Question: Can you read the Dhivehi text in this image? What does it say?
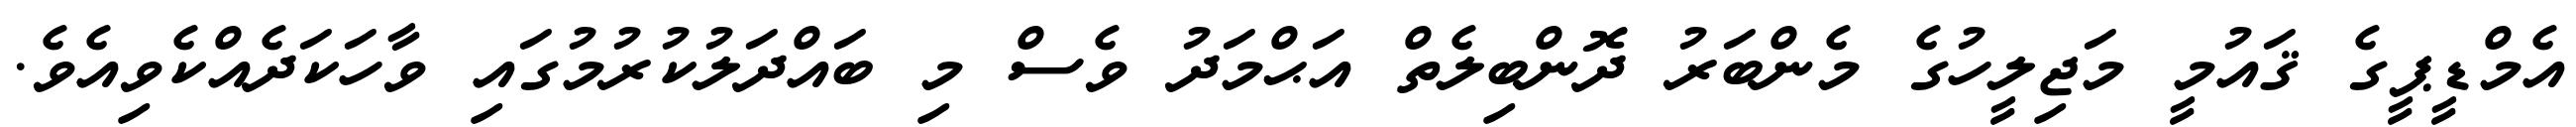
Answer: އެމްޑީޕީގެ ޤައުމީ މަޖިލީހުގެ މެންބަރު ދޮންބިލެތް އަޙްމަދު ވެސް މި ބައްދަލުކުރުމުގައި ވާހަކަދެއްކެވިއެވެ.